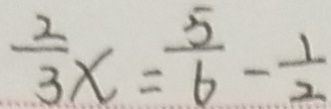
\frac { 2 } { 3 } x = \frac { 5 } { 6 } - \frac { 1 } { 2 }